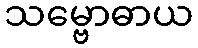
သမ္ဗောဓာယ